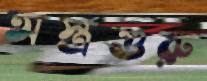
অস্ত্রগুরু